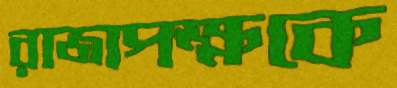
রাজাপক্ষকে